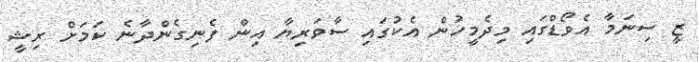
ޒީ ސިނަމާ އެވޯޑްގައި މިދެމީހުން އެކުގައި ސާވަރިޔާ އިން ފެނިގެންދާނެ ކަމަށް ރިޝީ